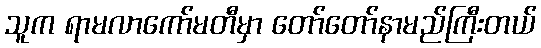
သူက ရာမလာကော်မတီမှာ တော်တော်နာမည်ကြီးတယ်